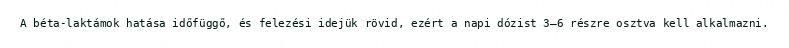
A béta-laktámok hatása időfüggő, és felezési idejük rövid, ezért a napi dózist 3–6 részre osztva kell alkalmazni.